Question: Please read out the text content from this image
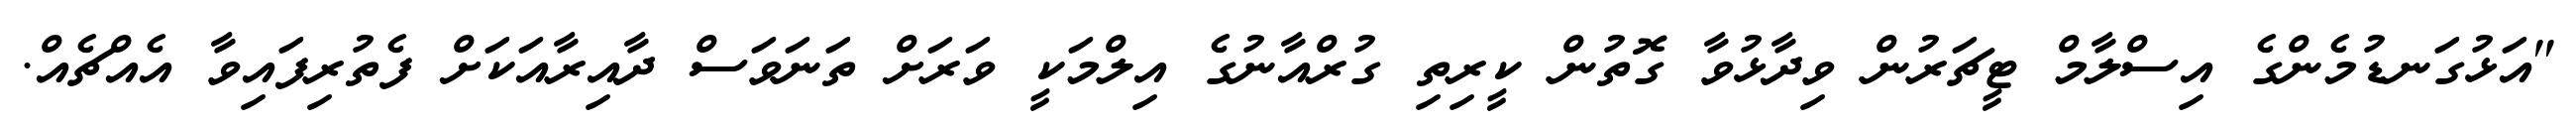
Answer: "އަޅުގަނޑުމެންގެ އިސްލާމް ޓީޗަރުން ވިދާޅުވާ ގޮތުން ކީރިތި ގުރްއާނުގެ އިލްމަކީ ވަރަށް ތަނަވަސް ދާއިރާއަކަށް ފެތުރިފައިވާ އެއްޗެއް.